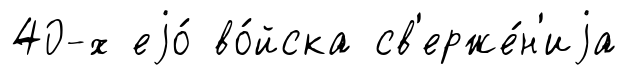
40-х еjо́ во́йска св'ерже́н'иjа